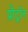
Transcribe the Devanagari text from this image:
प्रौट्रॉन